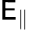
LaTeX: \mathsf{E}_{\| }